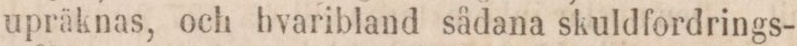
upräknas, och hvaribland sådana skuldfordrings-